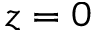
z = 0